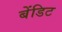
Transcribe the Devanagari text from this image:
बेंडिट